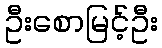
ဦးစောမြင့်ဦး